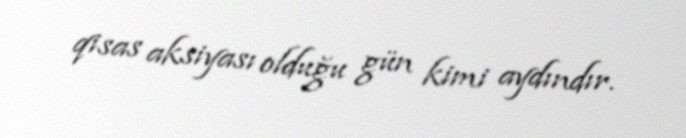
qisas aksiyası olduğu gün kimi aydındır.